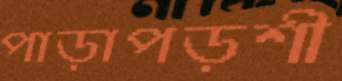
পাড়াপড়শী